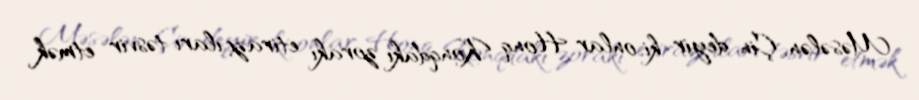
Məsələn, Çin deyir ki, onlar Honq Konqdakı zorakı etirazçıları təsvir etmək